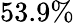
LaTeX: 53.9\%